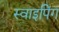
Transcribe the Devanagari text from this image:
स्वाइपिंग